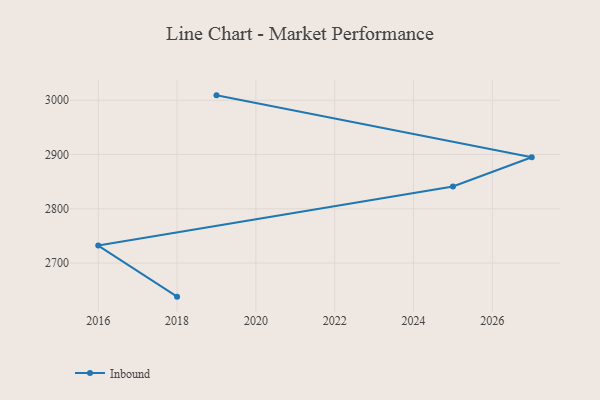
{"axis": {"x": "Year", "y": "Satisfaction Score"}, "legend": ["Inbound"], "data": [{"x": "2018", "y": 2638.0, "type": "Inbound"}, {"x": "2016", "y": 2732.2, "type": "Inbound"}, {"x": "2025", "y": 2841.1, "type": "Inbound"}, {"x": "2027", "y": 2894.9, "type": "Inbound"}, {"x": "2019", "y": 3009.1, "type": "Inbound"}]}